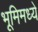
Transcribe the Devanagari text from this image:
भूमिमध्ये